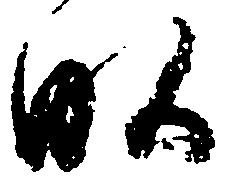
畝